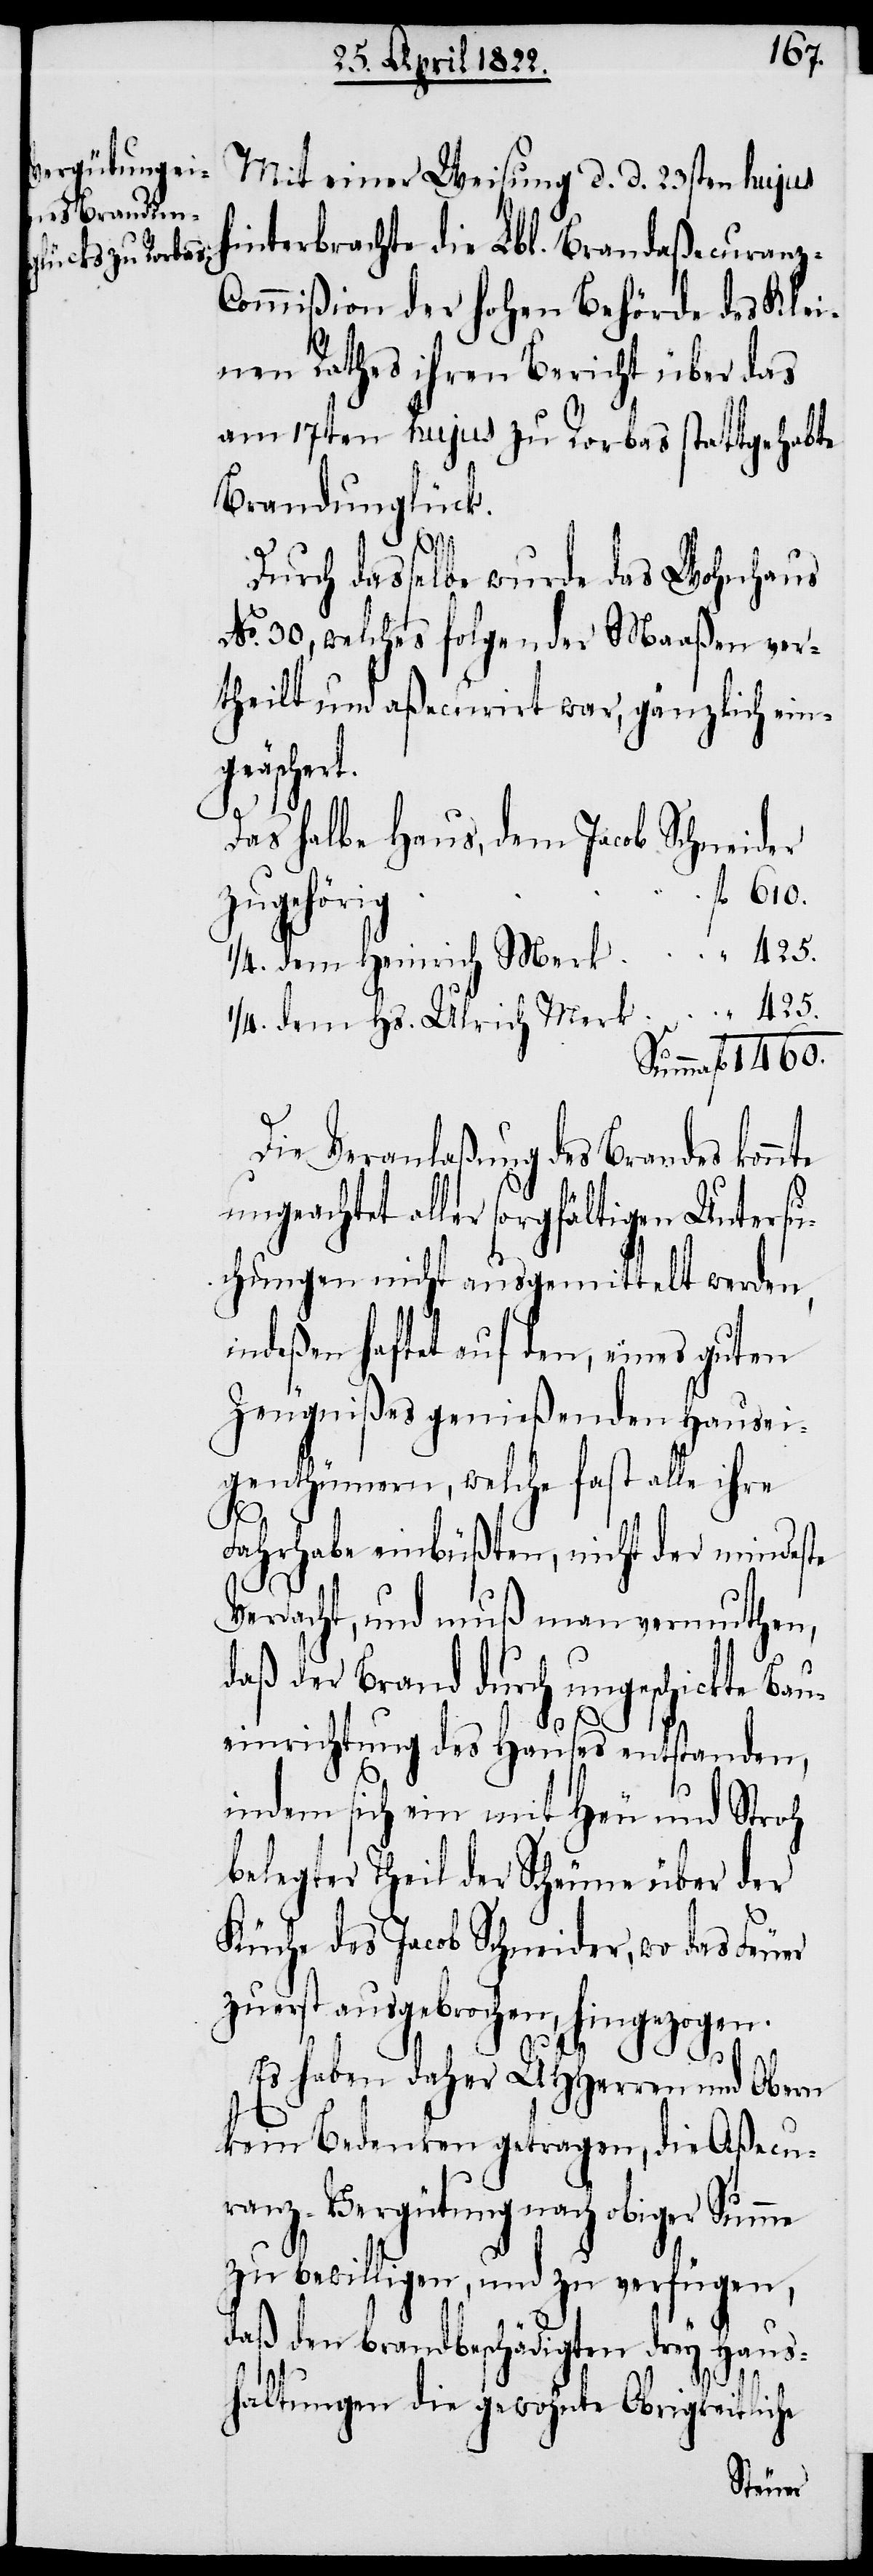
Mit einer Weisung d. d. 23sten hujus
hinterbrachte die Lbl. Brandaßecuranz-C¬
ommißion der hohen Behörde des Klei¬
nen Rathes ihren Bericht über das
am 17ten hujus zu Rorbas stattgehabte
Brandunglück.
Durch dasselbe wurde das Wohnhaus
No. 30., welches folgender Maaßen ver¬
theilt und aßucurirt war, gänzlich ein¬
geäschert.
Das halbe Haus, dem Jacob Schneider
zugehörig
1/4. dem Heinrich Merk
1/4. dem Hs. Ulrich Merk
Summa 	fl. 1460.
Die Voranlaßung des Brandes kon¬
ungeachtet aller sorgfältigen Untersu¬
chungen nicht ausgemittelt werden,
indeßen haftet auf den, eines guten
Zeugnißes genießenden Hausei¬
genthümern, welche fast alle ihre
Fahrhabe einbüßten, nicht der mindeste
Verdacht, und muß man vermuthen,
daß der Brand durch ungeschickte Bau¬
einrichtung des Hauses entstanden,
indem sich ein mit Heu und Stroh
belegter Theil der Scheune über der
Küche des Jacob Schneider, wo das Feuer
zuerst ausgebrochen, hingezogen.
nte
Es haben daher UHHerren und Obern
kein Bedenken getragen, die Aßecu¬
ranz-Vergütung nach obiger Summe
zu bewilligen, und zu vergüten,
daß den brandbeschädigten drey Haus¬
610.
haltungen die gewohnte Obrigkeitliche